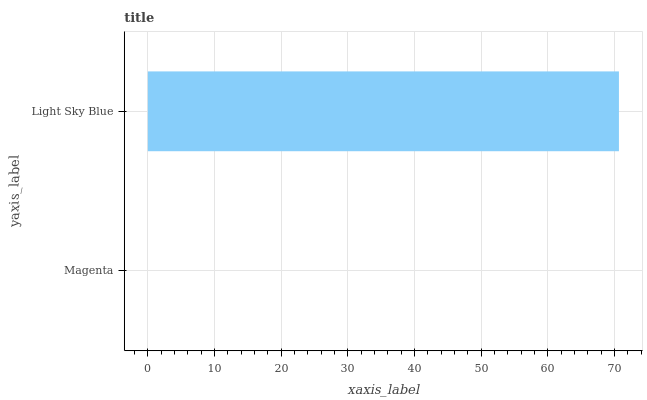
| yaxis_label | bars |
 | --- | --- |
 | Magenta | 0 |
 | Light Sky Blue | 70.7 |